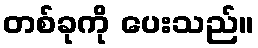
တစ်ခုကို ပေးသည်။